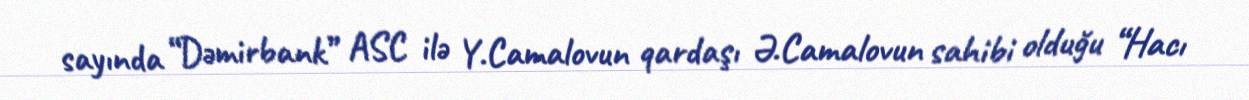
sayında “Dəmirbank” ASC ilə Y.Camalovun qardaşı Ə.Camalovun sahibi olduğu “Hacı